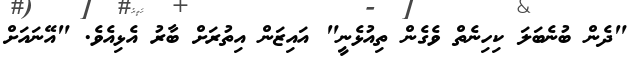
"ދެން ބުނެބަލަ ކިހިނެތް ވެގެން ތިއުޅެނީ" އައިޒަން އިތުރަށް ބާރު އެޅިއެވެ. "އޭނައަށް